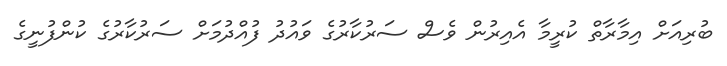
ބުރިއަށް އިމާރާތް ކުރީމާ އެއިރުން ވެސް ސަރުކާރުގެ ވައުދު ފުއްދުމަށް ސަރުކާރުގެ ކުންފުނީގެ